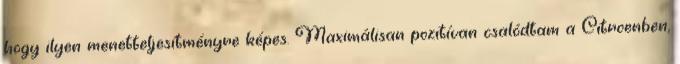
hogy ilyen menetteljesítményre képes. Maximálisan pozitívan csalódtam a Citroenben,